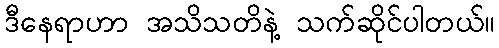
ဒီနေရာဟာ အသိသတိနဲ့ သက်ဆိုင်ပါတယ်။